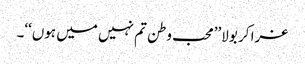
غرا کر بولا’’محب وطن تم نہیں میں ہوں‘‘۔